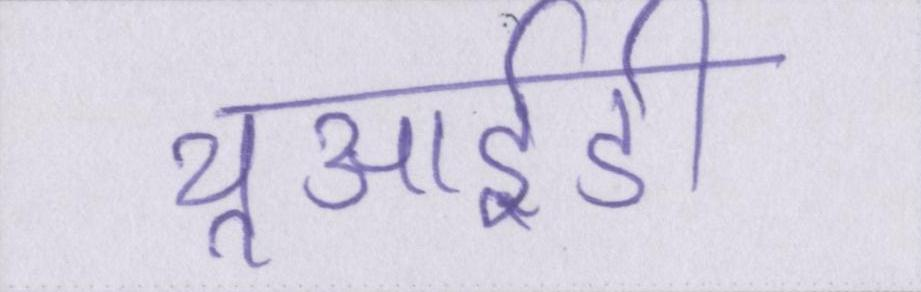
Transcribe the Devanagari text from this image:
यूआईडी